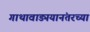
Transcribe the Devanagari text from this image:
गाथावाड्मयानंतरच्या